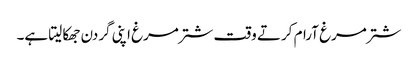
شترمرغ آرام کرتے وقت شترمرغ اپنی گردن جھکا لیتا ہے۔